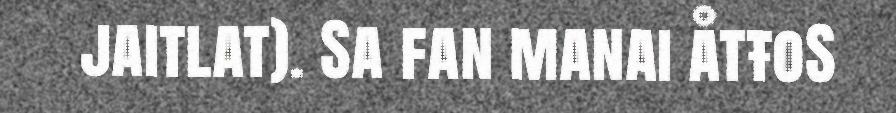
jaitlat). Sa fan manai åtŧoS